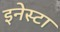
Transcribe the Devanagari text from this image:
इनेस्टा